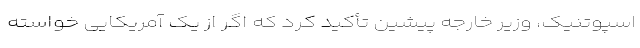
اسپوتنیک، وزیر خارجه پیشین تأکید کرد که اگر از یک آمریکایی خواسته